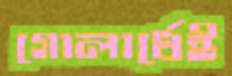
গোলার্ধেই